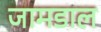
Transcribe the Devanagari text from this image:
जामडाल